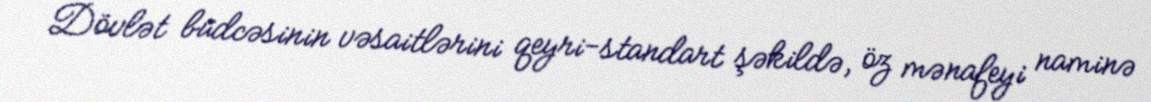
Dövlət büdcəsinin vəsaitlərini qeyri-standart şəkildə, öz mənafeyi naminə